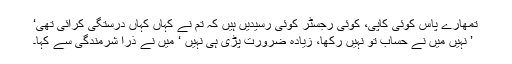
تمھارے پاس کوئی کاپی، کوئی رجسٹر کوئی رسیدیں ہیں کہ تم نے کہاں کہاں درستگی کرائی تھی‘
’ نہیں میں نے حساب تو نہیں رکھا، زیادہ ضرورت پڑی ہی نہیں ‘ میں نے ذرا شرمندگی سے کہا۔